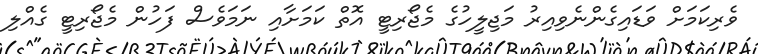
ވެރިކަމަށް ވަޑައިގެންނެވިއިރު މަޖިލީހުގެ މެޖޯރިޓީ އޮތް ކަމަށާއި ނަމަވެސް ފަހުން މެޖޯރިޓީ ގެއްލި